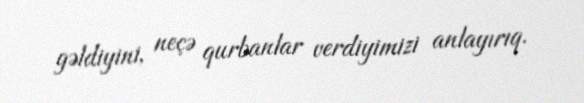
gəldiyini, neçə qurbanlar verdiyimizi anlayırıq.